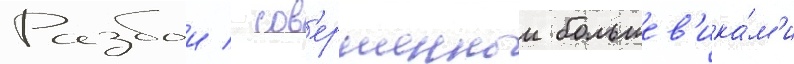
Разбои / сов'ершенныи большев'ика́м'и